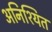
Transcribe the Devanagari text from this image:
अनिश्यित